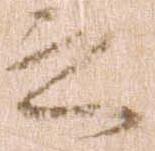
之